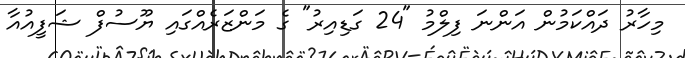
މިހާރު ދައްކަމުން އަންނަ ފިލްމު "24 ގަޑިއިރު" ގެ މަންޒަރެއްގައި ޔޫސުފް ޝަފީއުއާ